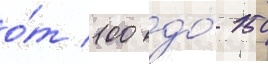
о́т 100 до́ 150